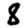
Digit: 8